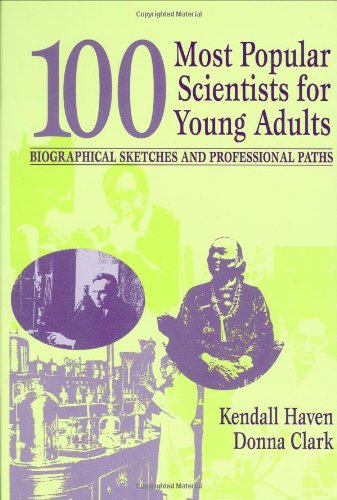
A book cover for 100 Most Popular Scientists for Young Adults: Biographical Sketches and Professional Paths (Profiles and Pathways); Kendall Haven; Teen & Young Adult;